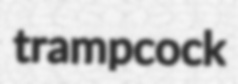
trampcock